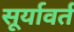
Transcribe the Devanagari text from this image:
सूर्यावर्त